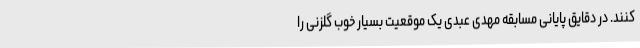
کنند. در دقایق پایانی مسابقه مهدی عبدی یک موقعیت بسیار خوب گلزنی را